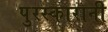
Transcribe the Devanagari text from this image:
पुरस्कारानी